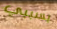
بسببي